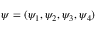
\psi = ( \psi _ { 1 } , \psi _ { 2 } , \psi _ { 3 } , \psi _ { 4 } )